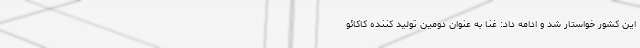
این کشور خواستار شد و ادامه داد: غنا به عنوان دومین تولید کننده کاکائو